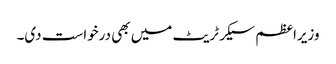
وزیراعظم سیکرٹریٹ میں بھی درخواست دی۔